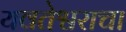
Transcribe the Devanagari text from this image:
यवतेश्वराचा